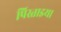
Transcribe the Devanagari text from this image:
पिस्ताइया